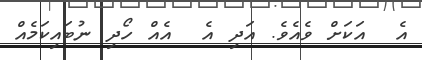
އެ  އަކަށް ވެއެވެ. އަދި އެ  އެއް ހޯދި ނުބައިކަމެއް